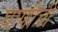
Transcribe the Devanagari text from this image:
घाणीची